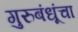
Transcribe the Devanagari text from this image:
गुरुबंधूंचा